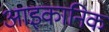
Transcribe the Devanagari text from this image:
आइकानिक